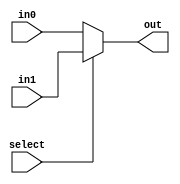
module mux_2_65b(out, select, in0, in1);
    input select;
    input [64:0] in0, in1;
    output [64:0] out;
    assign out = select ? in1 : in0;
endmodule